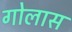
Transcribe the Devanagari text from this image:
गोलास